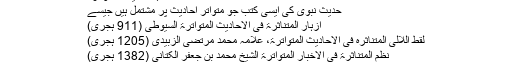
کتب احادیث المتواترۃ
حدیث نبوی کی ایسی کتب جو متواتر احادیث پر مشتمل ہیں جیسے
ازہار المتناثرۃ فی الاحادیث المتواترۃ السیوطی (911 ہجری)
لقط اللالی المتناثرہ فی الاحادیث المتواترۃ، علامہ محمد مرتضی الزبیدی (1205 ہجری)
نظم المتناثرۃ فی الاخبار المتواترۃ الشیخ محمد بن جعفر الکتانی (1382 ہجری)
21۔